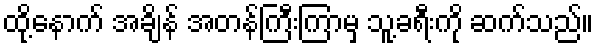
ထို့နောက် အချိန် အတန်ကြီးကြာမှ သူ့ခရီးကို ဆက်သည်။